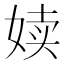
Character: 𪥿